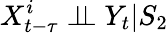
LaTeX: X_{t-\tau}^{i}\perp\! \! \! \perp Y_{t}|S_{2}